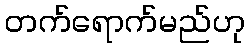
တက်ရောက်မည်ဟု